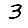
Digit: 3